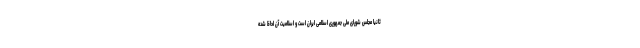
ثانیا مجلس شورای ملی جمهوری اسلامی ایران است و اسلامیت آن لحاظ شده